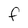
Character: f